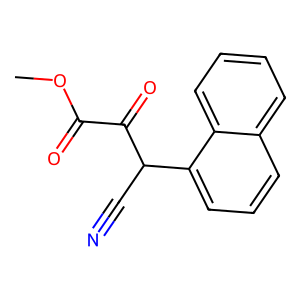
SMILES: COC(=O)C(=O)C(C#N)c1cccc2ccccc12
Inhibits HIV replication: No